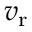
v _ { \mathrm { r } }